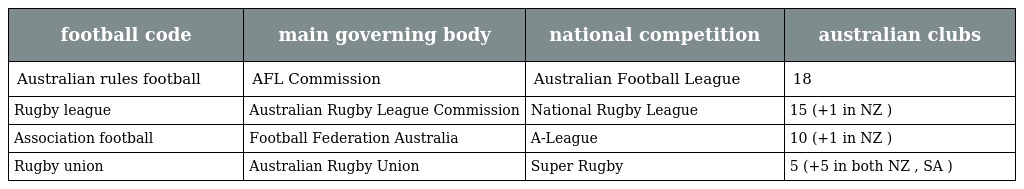
| football code | main governing body | national competition | australian clubs |
 | --- | --- | --- | --- |
 | Australian rules football | AFL Commission | Australian Football League | 18 |
 | Rugby league | Australian Rugby League Commission | National Rugby League | 15 (+1 in NZ ) |
 | Association football | Football Federation Australia | A-League | 10 (+1 in NZ ) |
 | Rugby union | Australian Rugby Union | Super Rugby | 5 (+5 in both NZ , SA ) |